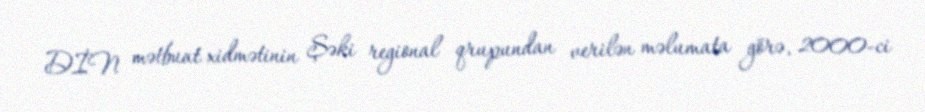
DİN mətbuat xidmətinin Şəki regional qrupundan verilən məlumata görə, 2000-ci